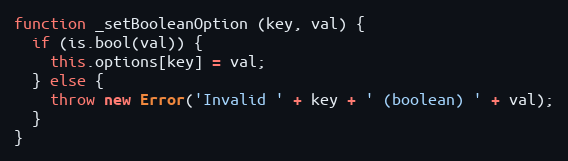
Language: JavaScript
function _setBooleanOption (key, val) {
  if (is.bool(val)) {
    this.options[key] = val;
  } else {
    throw new Error('Invalid ' + key + ' (boolean) ' + val);
  }
}